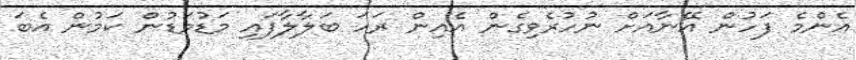
އެންމެ ފަހުން އޭނާއަށް ނުހުރެވިގެން އެއިން ރަހަ ބަލާލާފައި މަޑުމަޑުން ކަމުން އެބަ